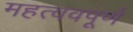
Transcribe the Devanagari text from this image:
महत्ववपूर्ण